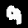
Digit: 9